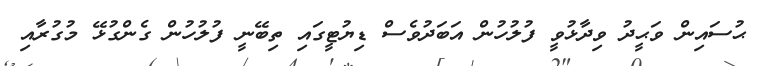
ޙުސައިން ވަޙީދު ވިދާޅުވީ ފުލުހުން އަބަދުވެސް ޑިޔުޓީގައި ތިބޭނީ ފުލުހުން ގެންގުޅޭ މުގުރާއި